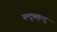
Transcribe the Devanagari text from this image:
म्ल्द्च्म्ल्द्